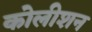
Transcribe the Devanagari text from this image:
कोलीशन